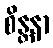
စိန္တနာ